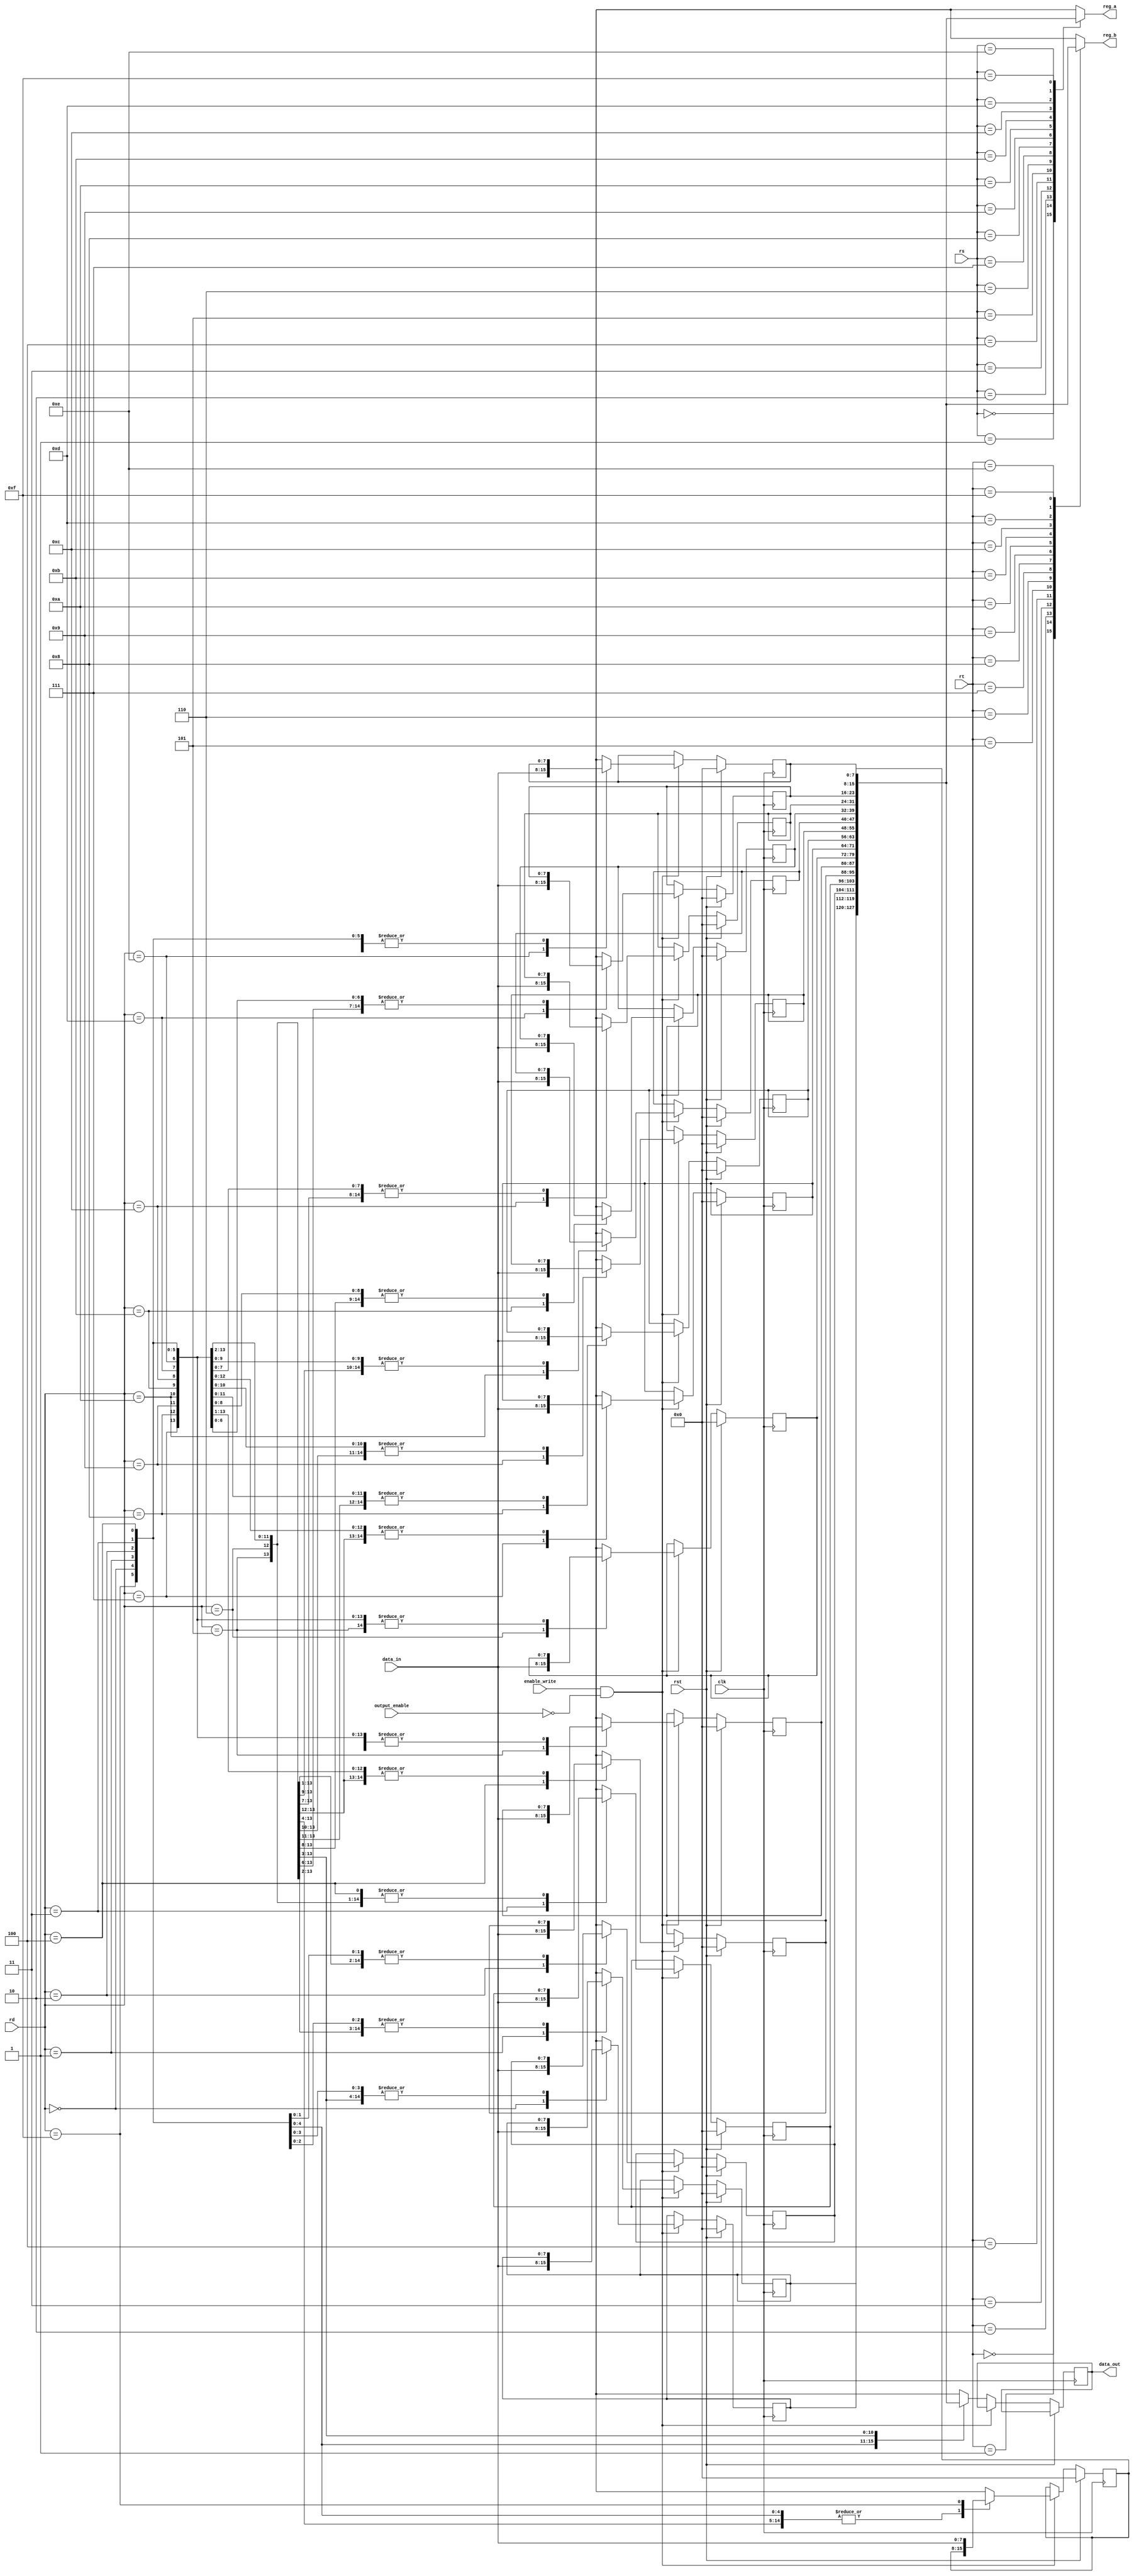
module cpu_registers(
  input wire clk,
  input wire rst,
  input wire [7:0] data_in,
  input wire [3:0] rs,
  input wire [3:0] rt,
  input wire [3:0] rd,
  input wire enable_write,
  input wire output_enable,
  output wire [7:0] reg_a,
  output wire [7:0] reg_b,
  output reg [7:0]data_out
);

  reg [7:0] registers[0:15];
  
  initial
	begin
		registers[0] = 8'b0;
		registers[1] = 8'b0;
		registers[2] = 8'b0;
		registers[3] = 8'b0;
		registers[4] = 8'b0;
		registers[5] = 8'b0;
		registers[6] = 8'b0;
		registers[7] = 8'b0;
		registers[8] = 8'b0;
		registers[9] = 8'b0;
		registers[10] = 8'b0;
		registers[11] = 8'b0;
		registers[12] = 8'b0;
		registers[13] = 8'b0;
		registers[14] = 8'b0;
		registers[15] = 8'b0;
	end

  always @ (posedge clk) begin
  if(!rst)
  begin
    if (enable_write & ~output_enable)
      registers[rd] = data_in;
		else
		begin
		data_out = registers[rd];
		end
  end else
  begin
  		registers[0] = 8'b0;
		registers[1] = 8'b0;
		registers[2] = 8'b0;
		registers[3] = 8'b0;
		registers[4] = 8'b0;
		registers[5] = 8'b0;
		registers[6] = 8'b0;
		registers[7] = 8'b0;
		registers[8] = 8'b0;
		registers[9] = 8'b0;
		registers[10] = 8'b0;
		registers[11] = 8'b0;
		registers[12] = 8'b0;
		registers[13] = 8'b0;
		registers[14] = 8'b0;
		registers[15] = 8'b0;
  end
  end

  assign reg_a = registers[rs];
  assign reg_b = registers[rt];
  

endmodule